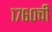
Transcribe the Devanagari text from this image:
१७६०ची